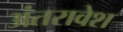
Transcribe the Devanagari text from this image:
अंतरावेश